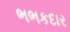
ભભકદાર